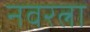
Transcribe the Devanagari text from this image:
नवरत्ना